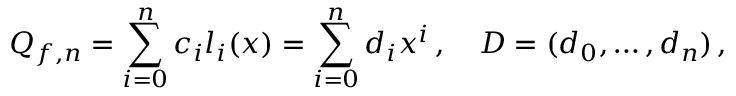
Q _ { f , n } = \sum _ { i = 0 } ^ { n } c _ { i } l _ { i } ( x ) = \sum _ { i = 0 } ^ { n } d _ { i } x ^ { i } \, , \quad D = ( d _ { 0 } , \dots , d _ { n } ) \, ,